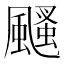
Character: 颾